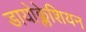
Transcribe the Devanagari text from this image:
डायोक्लेशियन